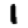
Digit: 1